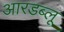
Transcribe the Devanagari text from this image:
आरडब्लू